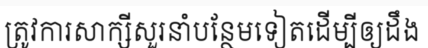
ត្រូវការសាក្សីសួរនាំបន្ថែមទៀតដើម្បីឲ្យដឹង